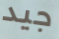
جيد